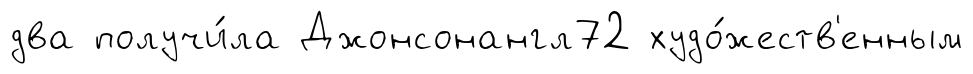
два получи́ла Джонсонангл72 худо́жеств'енным